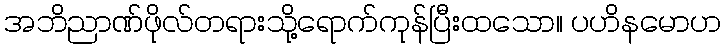
အဘိညာဏ်ဖိုလ်တရားသို့ရောက်ကုန်ပြီးထသော။ ပဟိနမောဟ